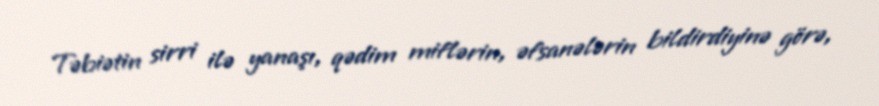
Təbiətin sirri ilə yanaşı, qədim miflərin, əfsanələrin bildirdiyinə görə,